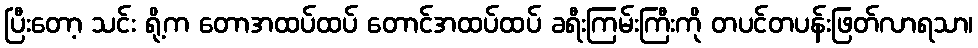
ပြီးတော့ သင်း ရို့က တောအထပ်ထပ် တောင်အထပ်ထပ် ခရီးကြမ်းကြီးကို တပင်တပန်းဖြတ်လာရသာ၊